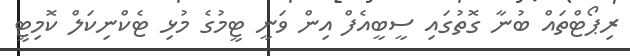
ރިޕޯޓްތައް ބުނާ ގޮތުގައި ސީބީއެފް އިން ވަނީ ޓީމުގެ މުޅި ޓެކްނިކަލް ކޮމިޓީ